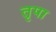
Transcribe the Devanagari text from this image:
तृपा